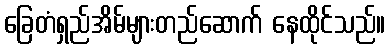
ခြေတံရှည်အိမ်များတည်ဆောက် နေထိုင်သည်။